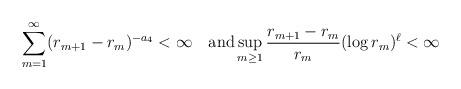
LaTeX: \begin{align*}\sum_{m=1}^{\infty}(r_{m+1}-r_m)^{-a_4}<\infty \quad\textrm{and} \sup_{m\geq 1}\frac{r_{m+1}-r_m}{r_m}(\log r_m)^\ell <\infty\end{align*}